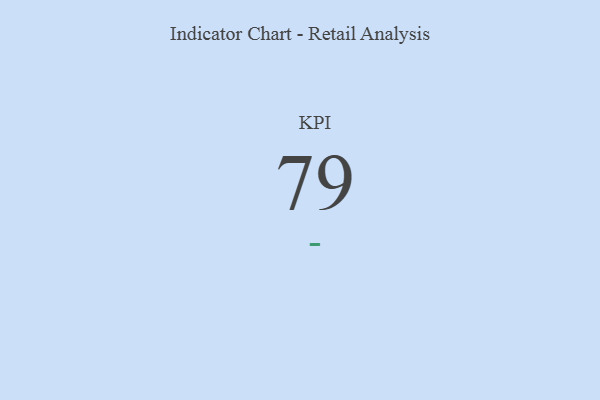
{"axis": {"x": "KPI", "y": "Value"}, "legend": [""], "data": [{"x": "KPI", "y": 79, "type": ""}]}